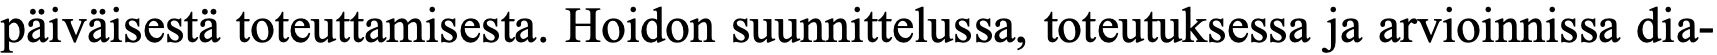
päiväisestä toteuttamisesta. Hoidon suunnittelussa, toteutuksessa ja arvioinnissa dia-